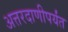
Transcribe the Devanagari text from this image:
अत्तरदाणीपर्यंत